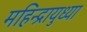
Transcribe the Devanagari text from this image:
महिन्द्रायुध्या